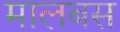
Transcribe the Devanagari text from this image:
मालबस